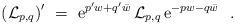
LaTeX: \begin{align*} \left( {\cal L} _{p,q} \right) ^{\prime} \ =\ {\rm e}^{p ^{\prime}w+q ^{\prime}\bar w} \, {\cal L} _{p,q} \, {\rm e}^{-p w-q \bar w} \ \ .\end{align*}